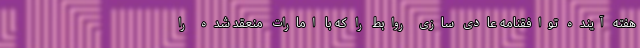
هفته آینده توافقنامه عادی سازی روابط را که با امارات منعقد شده را